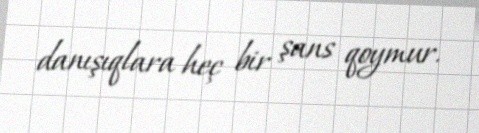
danışıqlara heç bir şans qoymur.